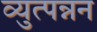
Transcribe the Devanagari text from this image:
व्युत्पन्नन